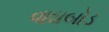
વાઘબોડ